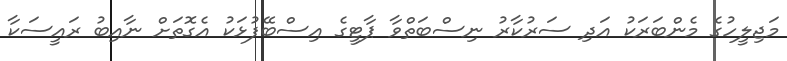
މަޖިލީހުގެ މެންބަރަކު އަދި ސަރުކާރު ނިސްބަތްވާ ޕާޓީގެ އިސްބޭފުޅަކު އެގޮތަށް ނާއިބު ރައީސަކާ